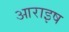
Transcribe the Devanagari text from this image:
आराइष